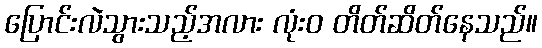
ပြောင်းလဲသွားသည့်အလား လုံးဝ တိတ်ဆိတ်နေသည်။